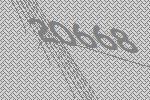
20668